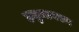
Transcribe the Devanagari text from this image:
हनुमानरूप